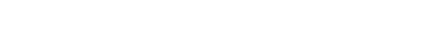
သူတို့အော်ဟစ်သံများက မူမမှန်၊ ကြောက်စရာ့ အသံကြီးတွေ။